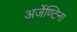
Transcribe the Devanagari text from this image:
अर्जेण्टिना